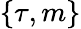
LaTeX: \{ \tau,m\}